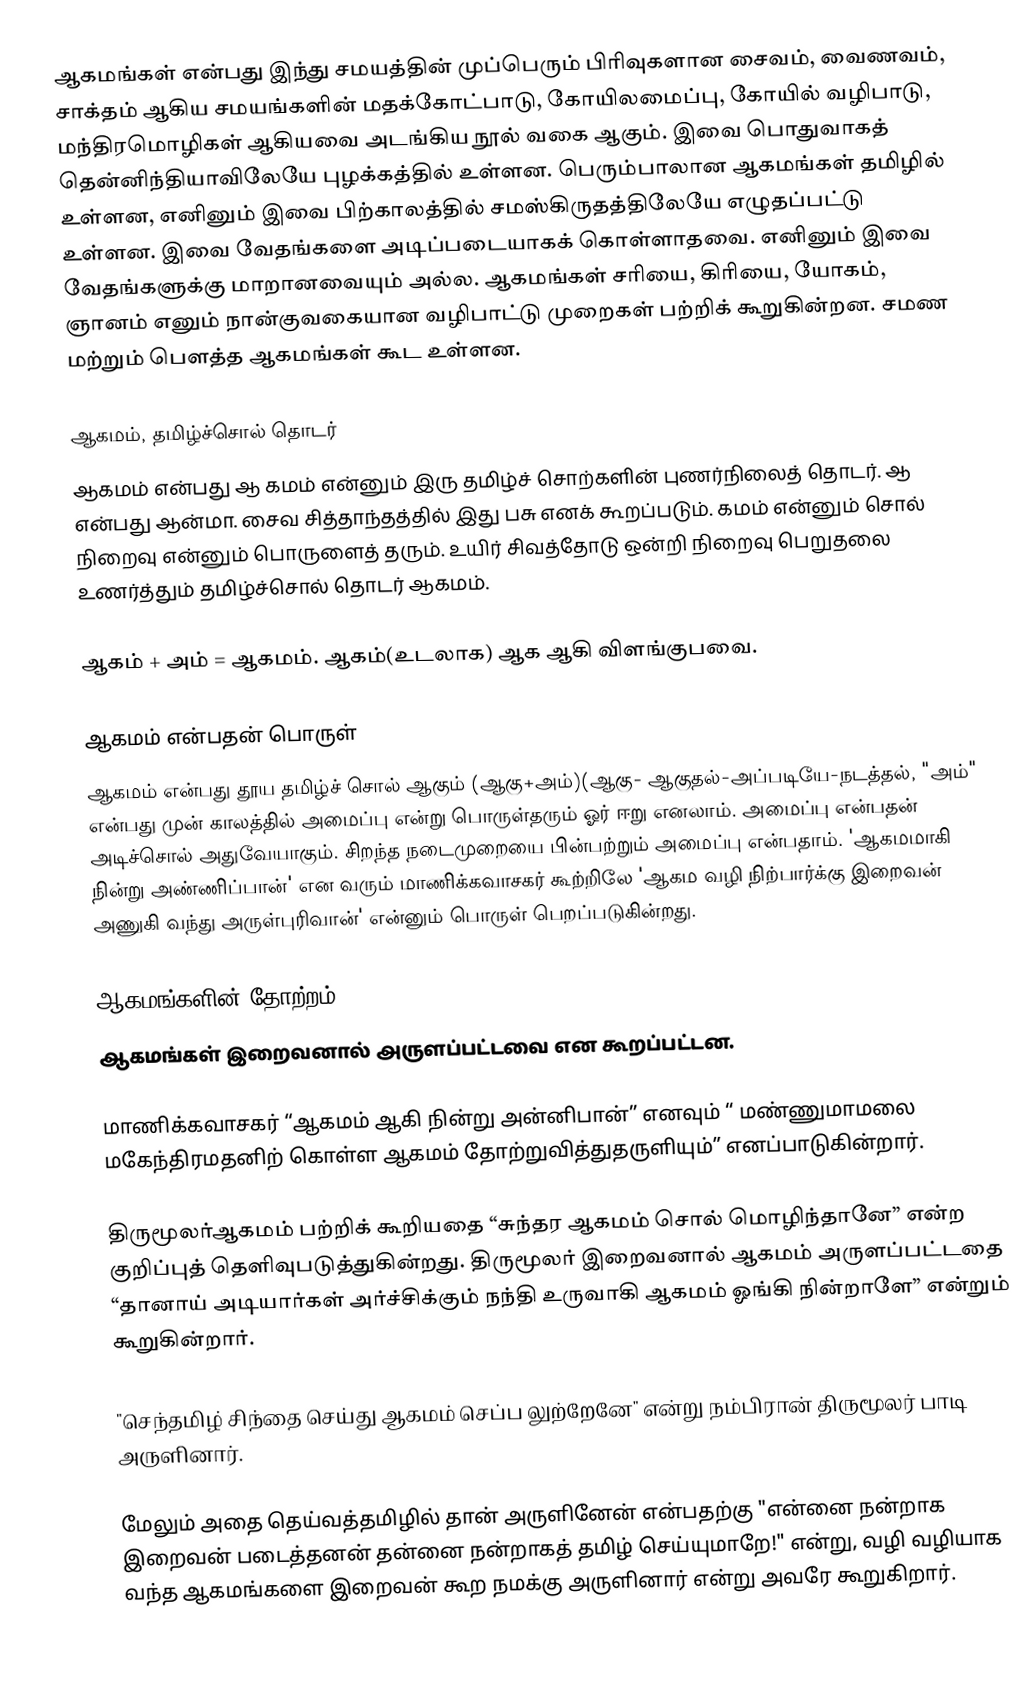
ஆகமங்கள் என்பது இந்து சமயத்தின் முப்பெரும் பிரிவுகளான சைவம், வைணவம், சாக்தம் ஆகிய சமயங்களின் மதக்கோட்பாடு, கோயிலமைப்பு, கோயில் வழிபாடு, மந்திரமொழிகள் ஆகியவை அடங்கிய நூல் வகை ஆகும். இவை பொதுவாகத் தென்னிந்தியாவிலேயே புழக்கத்தில் உள்ளன. பெரும்பாலான ஆகமங்கள் தமிழில் உள்ளன, எனினும் இவை பிற்காலத்தில் சமஸ்கிருதத்திலேயே எழுதப்பட்டு உள்ளன. இவை வேதங்களை அடிப்படையாகக் கொள்ளாதவை. எனினும் இவை வேதங்களுக்கு மாறானவையும் அல்ல. ஆகமங்கள் சரியை, கிரியை, யோகம், ஞானம் எனும் நான்குவகையான வழிபாட்டு முறைகள் பற்றிக் கூறுகின்றன. சமண மற்றும் பௌத்த ஆகமங்கள் கூட உள்ளன.

ஆகமம், தமிழ்ச்சொல் தொடர்
ஆகமம் என்பது ஆ கமம் என்னும் இரு தமிழ்ச் சொற்களின் புணர்நிலைத் தொடர். ஆ என்பது ஆன்மா. சைவ சித்தாந்தத்தில் இது பசு எனக் கூறப்படும். கமம் என்னும் சொல் நிறைவு என்னும் பொருளைத் தரும். உயிர் சிவத்தோடு ஒன்றி நிறைவு பெறுதலை உணர்த்தும் தமிழ்ச்சொல் தொடர் ஆகமம்.

ஆகம் + அம் = ஆகமம். ஆகம்(உடலாக) ஆக ஆகி விளங்குபவை.

ஆகமம் என்பதன் பொருள்
ஆகமம் என்பது தூய தமிழ்ச் சொல் ஆகும் (ஆகு+அம்)(ஆகு- ஆகுதல்-அப்படியே-நடத்தல், "அம்" என்பது முன் காலத்தில் அமைப்பு என்று பொருள்தரும் ஓர்  ஈறு எனலாம்.  அமைப்பு என்பதன் அடிச்சொல் அதுவேயாகும். சிறந்த நடைமுறையை பின்பற்றும் அமைப்பு என்பதாம். 'ஆகமமாகி நின்று அண்ணிப்பான்' என வரும் மாணிக்கவாசகர் கூற்றிலே 'ஆகம வழி நிற்பார்க்கு இறைவன் அணுகி வந்து அருள்புரிவான்' என்னும் பொருள் பெறப்படுகின்றது.

ஆகமங்களின் தோற்றம்
ஆகமங்கள் இறைவனால் அருளப்பட்டவை என கூறப்பட்டன.

மாணிக்கவாசகர் “ஆகமம் ஆகி நின்று அன்னிபான்” எனவும் “ மண்ணுமாமலை மகேந்திரமதனிற் கொள்ள ஆகமம் தோற்றுவித்துதருளியும்” எனப்பாடுகின்றார்.

திருமூலர்ஆகமம் பற்றிக் கூறியதை “சுந்தர ஆகமம் சொல் மொழிந்தானே” என்ற குறிப்புத் தெளிவுபடுத்துகின்றது. திருமூலர் இறைவனால் ஆகமம் அருளப்பட்டதை “தானாய் அடியார்கள் அர்ச்சிக்கும் நந்தி உருவாகி ஆகமம் ஓங்கி நின்றாளே” என்றும் கூறுகின்றார்.

"செந்தமிழ் சிந்தை செய்து ஆகமம் செப்ப லுற்றேனே" என்று நம்பிரான் திருமூலர் பாடி அருளினார்.

மேலும் அதை தெய்வத்தமிழில் தான் அருளினேன் என்பதற்கு "என்னை நன்றாக இறைவன் படைத்தனன் தன்னை நன்றாகத் தமிழ் செய்யுமாறே!" என்று,  வழி வழியாக வந்த ஆகமங்களை இறைவன் கூற நமக்கு அருளினார் என்று அவரே கூறுகிறார்.